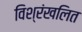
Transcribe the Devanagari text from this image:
विश्रंखलित